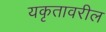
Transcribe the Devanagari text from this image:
यकृतावरील